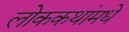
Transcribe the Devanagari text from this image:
लोककथांमधे